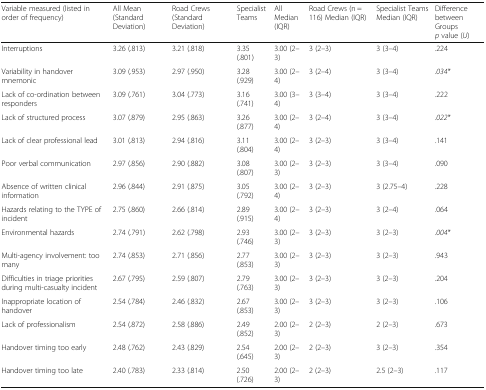
<table><thead><tr><td><b>Variable measured (listed in order of frequency)</b></td><td><b>All Mean (Standard Deviation)</b></td><td><b>Road Crews (Standard Deviation)</b></td><td><b>Specialist Teams</b></td><td><b>All Median (IQR)</b></td><td><b>Road Crews (n = 116) Median (IQR)</b></td><td><b>Specialist Teams Median (IQR)</b></td><td><b>Difference between Groups<i>p</i> value (<i>U</i>)</b></td></tr></thead><tbody><tr><td>Interruptions</td><td>3.26 (.813)</td><td>3.21 (.818)</td><td>3.35 (.801)</td><td>3.00 (2–3)</td><td>3 (2–3)</td><td>3 (3–4)</td><td>.224</td></tr><tr><td>Variability in handover mnemonic</td><td>3.09 (.953)</td><td>2.97 (.950)</td><td>3.28 (.929)</td><td>3.00 (2–4)</td><td>3 (2–4)</td><td>3 (3–4)</td><td><i>.034*</i></td></tr><tr><td>Lack of co-ordination between responders</td><td>3.09 (.761)</td><td>3.04 (.773)</td><td>3.16 (.741)</td><td>3.00 (3–4)</td><td>3 (3–4)</td><td>3 (3–4)</td><td>.222</td></tr><tr><td>Lack of structured process</td><td>3.07 (.879)</td><td>2.95 (.863)</td><td>3.26 (.877)</td><td>3.00 (2–4)</td><td>3 (2–4)</td><td>3 (3–4)</td><td><i>.022*</i></td></tr><tr><td>Lack of clear professional lead</td><td>3.01 (.813)</td><td>2.94 (.816)</td><td>3.11 (.804)</td><td>3.00 (2–4)</td><td>3 (2–3)</td><td>3 (3–4)</td><td>.141</td></tr><tr><td>Poor verbal communication</td><td>2.97 (.856)</td><td>2.90 (.882)</td><td>3.08 (.807)</td><td>3.00 (2–3)</td><td>3 (2–3)</td><td>3 (3–4)</td><td>.090</td></tr><tr><td>Absence of written clinical information</td><td>2.96 (.844)</td><td>2.91 (.875)</td><td>3.05 (.792)</td><td>3.00 (2–4)</td><td>3 (2–3)</td><td>3 (2.75–4)</td><td>.228</td></tr><tr><td>Hazards relating to the TYPE of incident</td><td>2.75 (.860)</td><td>2.66 (.814)</td><td>2.89 (.915)</td><td>3.00 (2–4)</td><td>3 (2–3)</td><td>3 (2–4)</td><td>.064</td></tr><tr><td>Environmental hazards</td><td>2.74 (.791)</td><td>2.62 (.798)</td><td>2.93 (.746)</td><td>3.00 (2–3)</td><td>3 (2–3)</td><td>3 (2–3)</td><td><i>.004*</i></td></tr><tr><td>Multi-agency involvement: too many</td><td>2.74 (.853)</td><td>2.71 (.856)</td><td>2.77 (.853)</td><td>3.00 (2–3)</td><td>3 (2–3)</td><td>3 (2–3)</td><td>.943</td></tr><tr><td>Difficulties in triage priorities during multi-casualty incident</td><td>2.67 (.795)</td><td>2.59 (.807)</td><td>2.79 (.763)</td><td>3.00 (2–3)</td><td>3 (2–3)</td><td>3 (2–3)</td><td>.204</td></tr><tr><td>Inappropriate location of handover</td><td>2.54 (.784)</td><td>2.46 (.832)</td><td>2.67 (.853)</td><td>3.00 (2–3)</td><td>3 (2–3)</td><td>3 (2–3)</td><td>.106</td></tr><tr><td>Lack of professionalism</td><td>2.54 (.872)</td><td>2.58 (.886)</td><td>2.49 (.852)</td><td>2.00 (2–3)</td><td>2 (2–3)</td><td>2 (2–3)</td><td>.673</td></tr><tr><td>Handover timing too early</td><td>2.48 (.762)</td><td>2.43 (.829)</td><td>2.54 (.645)</td><td>2.00 (2–3)</td><td>2 (2–3)</td><td>3 (2–3)</td><td>.354</td></tr><tr><td>Handover timing too late</td><td>2.40 (.783)</td><td>2.33 (.814)</td><td>2.50 (.726)</td><td>2.00 (2–3)</td><td>2 (2–3)</td><td>2.5 (2–3)</td><td>.117</td></tr></tbody></table>